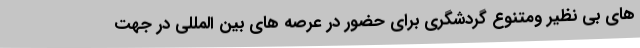
های بی نظیر ومتنوع گردشگری برای حضور در عرصه های بین المللی در جهت